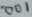
Text: 001